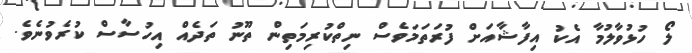
ލޯ ހުޅުވާލުމާ އެކު އިފާޝާއަށް ފުރަތަމަވެސް ނިތްކުރިމަތިން ތޫނު ތަދެއް އިހުސާސް ކުރެވުނެވެ.